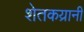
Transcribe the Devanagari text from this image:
शेतकय्रानी